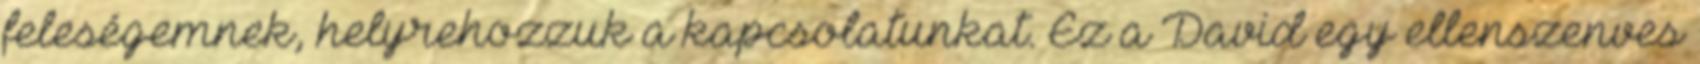
feleségemnek, helyrehozzuk a kapcsolatunkat. Ez a David egy ellenszenves